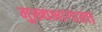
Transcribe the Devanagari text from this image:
मुख्यभागाला